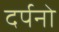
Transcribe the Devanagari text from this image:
दर्पनो